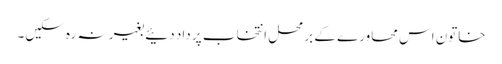
خاتون اس محاورے کے برمحل انتخاب پر داد دئیے بغیر نہ رہ سکیں۔